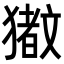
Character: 𬍆